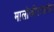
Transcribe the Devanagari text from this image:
मालोजीराजांचा